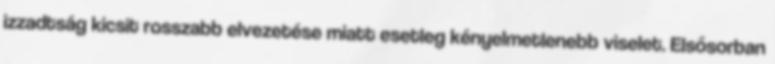
izzadtság kicsit rosszabb elvezetése miatt esetleg kényelmetlenebb viselet. Elsősorban